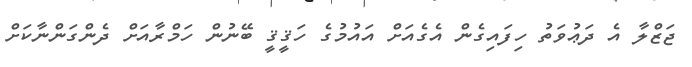
ޖަޒްލާ އެ ދަޢުވަތު ހިފައިގެން އެގެއަށް އައުމުގެ ހަޤީޤީ ބޭނުން ހަމްރާއަށް ދެންގަންނާކަށް